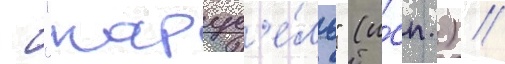
- "карус'е́ль" (и́сп.) //